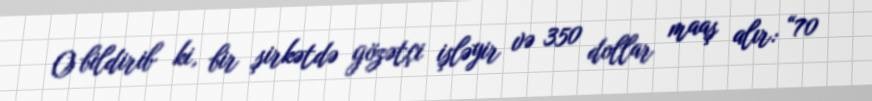
O bildirib ki, bir şirkətdə gözətçi işləyir və 350 dollar maaş alır: “70